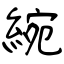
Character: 綩